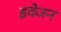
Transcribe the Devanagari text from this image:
इवेजन